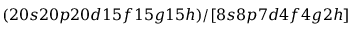
( 2 0 s 2 0 p 2 0 d 1 5 f 1 5 g 1 5 h ) / [ 8 s 8 p 7 d 4 f 4 g 2 h ]